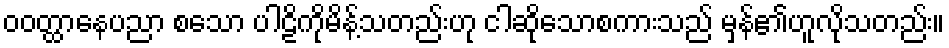
ဝဝတ္ထာနေပညာ စသော ပါဠိကိုမိန့်သတည်းဟု ငါဆိုသောစကားသည် မှန်၏ဟူလိုသတည်း။